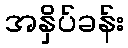
အနှိပ်ခန်း